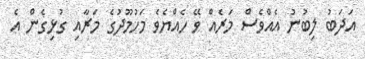
އަދަބު ލިބުނު އެއްވެސް މަރެއް ވޭ ހެއްޔެވެ މަހުމޫދުގެ މަރާއި ގުޅިގެން އެ